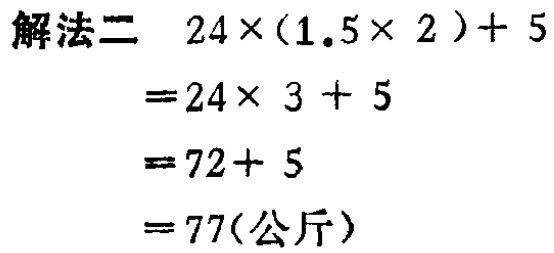
```
解法二 \(24\times(1.5\times 2)+5\)
\(=24\times 3 + 5\)
\(=72 + 5\)
\(=77(公斤)\)
```